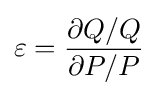
\varepsilon ={\frac {\partial Q/Q}{\partial P/P}}